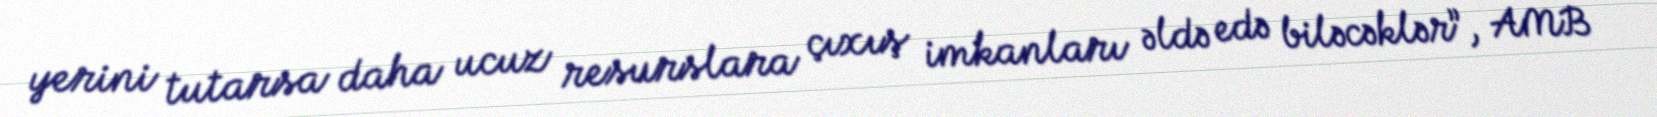
yerini tutarsa daha ucuz resurslara çıxış imkanları əldə edə biləcəklər”, AMB